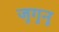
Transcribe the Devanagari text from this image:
जुगुनू